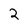
Character: 2